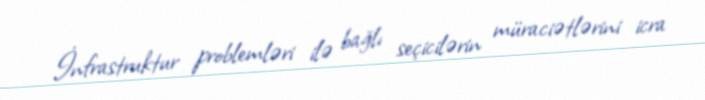
İnfrastruktur problemləri ilə bağlı seçicilərin müraciətlərini icra